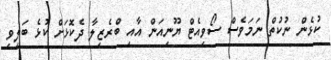
ކުޅެން ނުކުތް ނަމަވެސް ސޯވިއެޓް ޔޫނިއަން އާއި ބްރެޒިލާ ދެކޮޅަށް ކުޅެ ބަލިވި